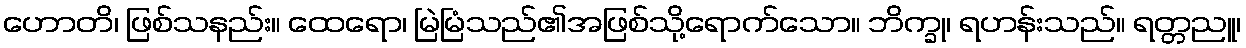
ဟောတိ၊ ဖြစ်သနည်း။ ထေရော၊ မြဲမြံသည်၏အဖြစ်သို့ရောက်သော။ ဘိက္ခု၊ ရဟန်းသည်။ ရတ္တညူ၊